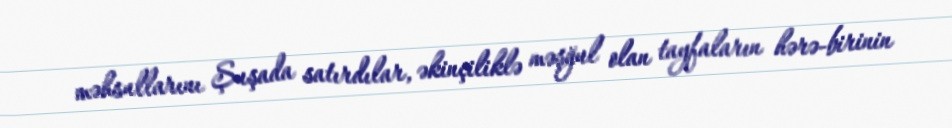
məhsullarını Şuşada satırdılar, əkinçiliklə məşğul olan tayfaların hərə-birinin